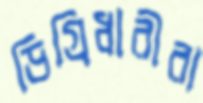
ডিগ্রিধারীরা